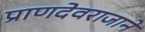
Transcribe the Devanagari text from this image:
प्राणदेवराजाने